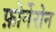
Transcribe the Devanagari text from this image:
फ़ोर्नेरोन